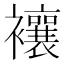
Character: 𧟄